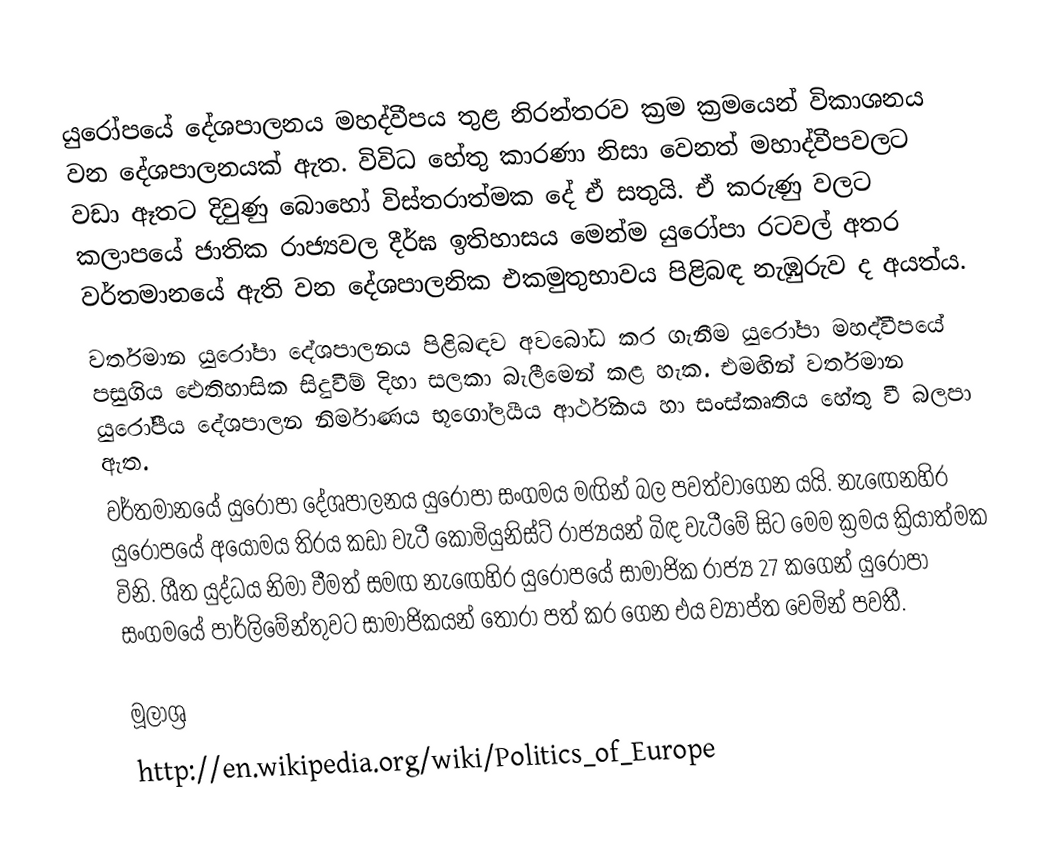
යුරෝපයේ දේශපාලනය මහද්වීපය තුළ නිරන්තරව ක්‍රම ක්‍රමයෙන් විකාශනය වන දේශපාලනයක් ඇත. විවිධ හේතු කාරණා නිසා වෙනත් මහාද්වීපවලට වඩා ඈතට දිවුණු බොහෝ විස්තරාත්මක දේ ඒ සතුයි. ඒ කරුණු වලට කලාපයේ ජාතික රාජ්‍යවල දීර්ඝ ඉතිහාසය මෙන්ම යුරෝපා රටවල් අතර වර්තමානයේ ඇති වන දේශපාලනික එකමුතුභාවය පිළිබඳ නැඹුරුව ද අයත්ය.
වර්තමාන යුරෝපා දේශපාලනය පිළිබඳව අවබෝධ කර ගැනීම යුරෝපා මහද්වීපයේ පසුගිය ඓතිහාසික  සිදුවීම් දිහා සලකා බැලීමෙන් කළ හැක. එමඟින් වර්තමාන යුරෝපීය දේශපාලන නිර්මාණය භූගෝලයීය ආර්ථිකය හා සංස්කෘතිය හේතු වී බලපා ඇත.
වර්තමානයේ යුරෝපා දේශපාලනය යුරෝපා සංගමය මඟින් බල පවත්වාගෙන යයි. නැ‍ඟෙනහිර යුරෝපයේ අයෝමය තිරය කඩා වැටී කොමියුනිස්ට් රාජ්‍යයන් බිඳ වැටීමේ සිට මෙම ක්‍රමය ක්‍රියාත්මක විනි. ශීත යුද්ධය නිමා වීමත් සමඟ නැ‍ඟෙහිර යුරෝපයේ සාමාජික රාජ්‍ය 27 කගෙන් යුරෝපා සංග‍මයේ පාර්ලිමේන්තුවට සාමාජිකයන් තෝරා පත් කර ගෙන එය ව්‍යාප්ත වෙමින් පවතී.

මූලාශ්‍ර
http://en.wikipedia.org/wiki/Politics_of_Europe